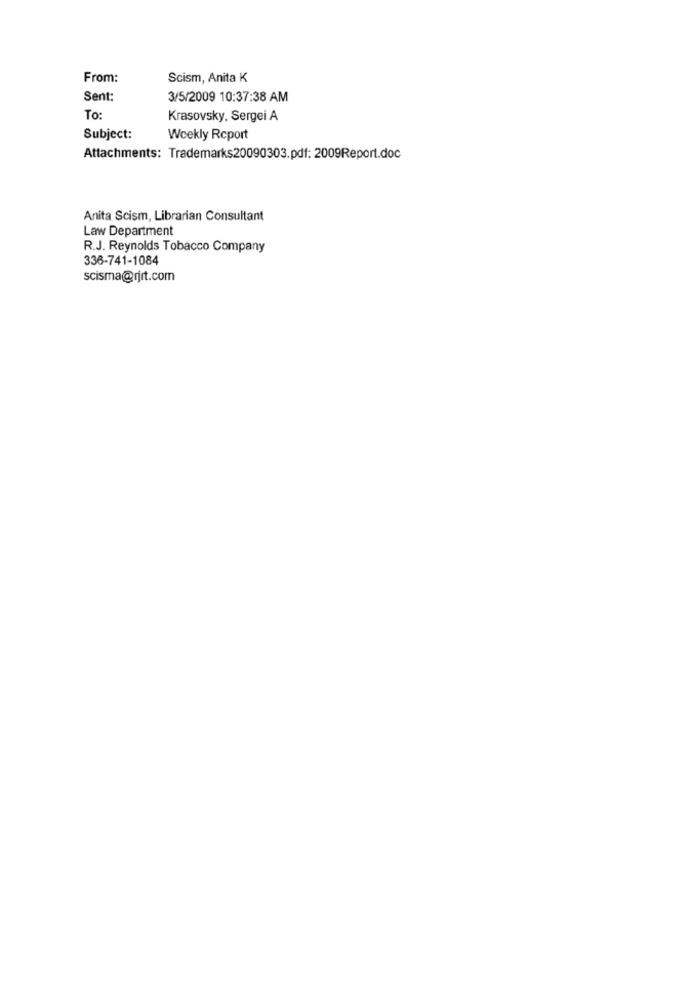
From:
Scism, Anita K
Sent:
3/5/2009 10:37:38 AM
To:
Krasovsky, Sergei A
Subject:
Weekly Report
Attachments: Trademarks20090303.pdf: 2009Report.doc
Anita Scism, Librarian Consultant
Law Department
R.J. Reynolds Tobacco Company
336-741-1084
scisma@rjrt.com